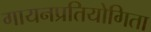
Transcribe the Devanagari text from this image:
गायनप्रतियोगिता